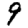
Digit: 9